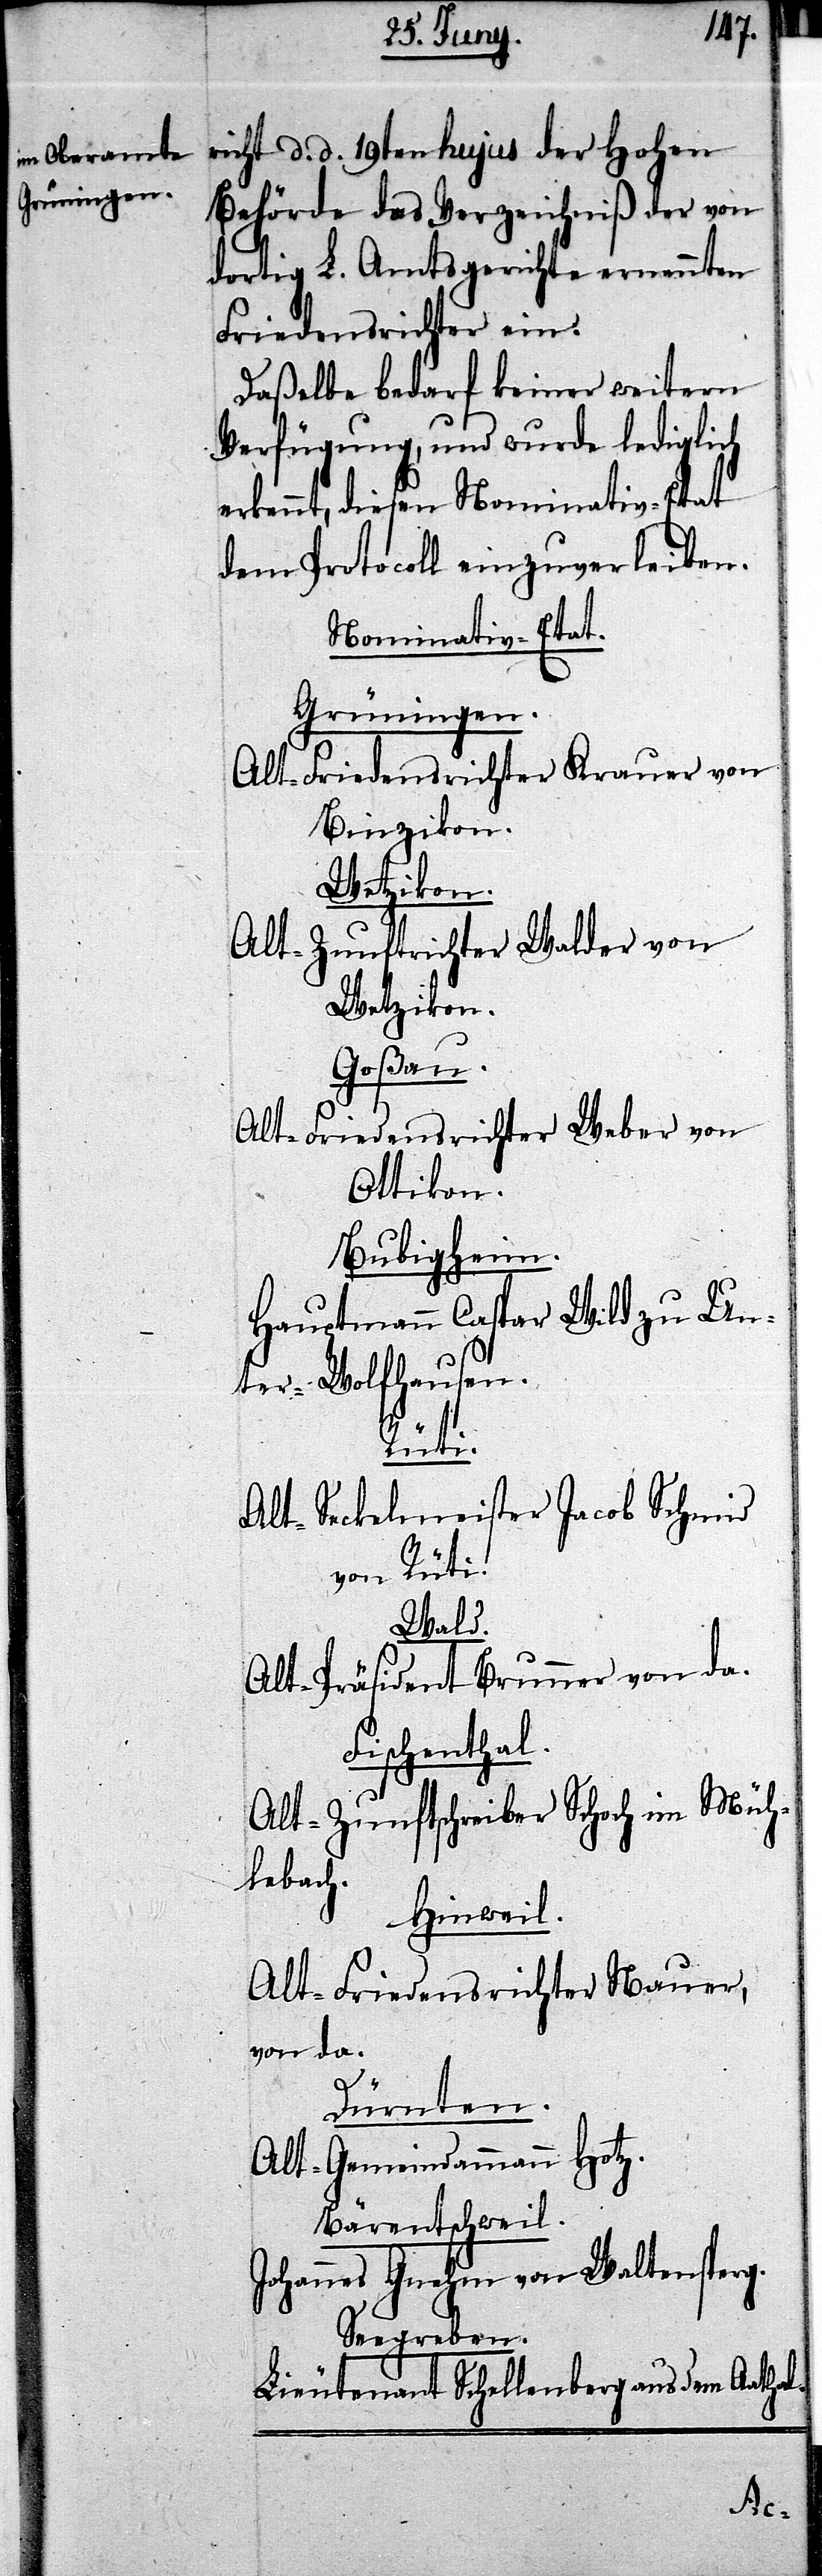
richt d. d. 19ten hujus der Hohen
Behörde das Verzeichniß der von
dortigen L. Amtsgerichte ernannten
Friedensrichter ein:
Daßelbe bedarf keiner weitern
Verfügung, und wurde lediglich
erkennt, diesen Nominativ-Etat
dem Protocoll einzuverleiben.
Nominativ-Etat.
Grüningen.
Alt-Friedensrichter Krauer von
Binzikon.
Wetzikon.
Alt-Zunftrichter Walder von
Wetzikon.
Goßau.
Alt-Friedensrichter Weber von
Attikon.
Bubigheim.
Hauptmann Caspar Wild zu Un¬
ter-Wolfhausen.
Rüti.
Alt-Seckelmeister Jacob Schmid
von Rüti.
Wald.
Alt-Präsident Brunner von da.
Fischenthal.
Alt-Zunftschreiber Schoch in Müh¬
lebach.
Hinweil.
Alt-Friedensrichter Mauer,
von da.
Dürnten.
Alt-Gemeindammann Hotz.
Bärentschweil.
Johannes Gnehm von Waltensperg.
Seegraben.
Lieutenant Schellenberg aus dem Aathal.